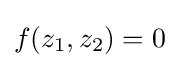
f(z_{1},z_{2})=0